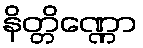
နိတ္တိဏ္ဏော